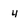
Character: 4